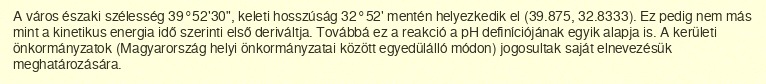
A város északi szélesség 39°52'30", keleti hosszúság 32°52' mentén helyezkedik el (39.875, 32.8333). Ez pedig nem más mint a kinetikus energia idő szerinti első deriváltja. Továbbá ez a reakció a pH definíciójának egyik alapja is. A kerületi önkormányzatok (Magyarország helyi önkormányzatai között egyedülálló módon) jogosultak saját elnevezésük meghatározására.